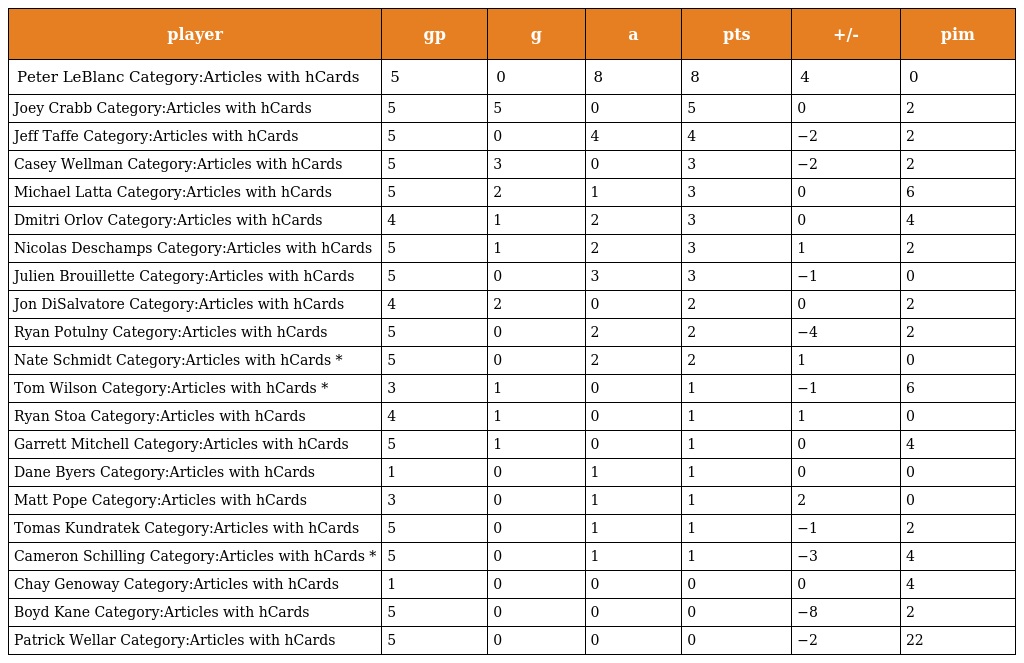
| player | gp | g | a | pts | +/- | pim |
 | --- | --- | --- | --- | --- | --- | --- |
 | Peter LeBlanc Category:Articles with hCards | 5 | 0 | 8 | 8 | 4 | 0 |
 | Joey Crabb Category:Articles with hCards | 5 | 5 | 0 | 5 | 0 | 2 |
 | Jeff Taffe Category:Articles with hCards | 5 | 0 | 4 | 4 | −2 | 2 |
 | Casey Wellman Category:Articles with hCards | 5 | 3 | 0 | 3 | −2 | 2 |
 | Michael Latta Category:Articles with hCards | 5 | 2 | 1 | 3 | 0 | 6 |
 | Dmitri Orlov Category:Articles with hCards | 4 | 1 | 2 | 3 | 0 | 4 |
 | Nicolas Deschamps Category:Articles with hCards | 5 | 1 | 2 | 3 | 1 | 2 |
 | Julien Brouillette Category:Articles with hCards | 5 | 0 | 3 | 3 | −1 | 0 |
 | Jon DiSalvatore Category:Articles with hCards | 4 | 2 | 0 | 2 | 0 | 2 |
 | Ryan Potulny Category:Articles with hCards | 5 | 0 | 2 | 2 | −4 | 2 |
 | Nate Schmidt Category:Articles with hCards * | 5 | 0 | 2 | 2 | 1 | 0 |
 | Tom Wilson Category:Articles with hCards * | 3 | 1 | 0 | 1 | −1 | 6 |
 | Ryan Stoa Category:Articles with hCards | 4 | 1 | 0 | 1 | 1 | 0 |
 | Garrett Mitchell Category:Articles with hCards | 5 | 1 | 0 | 1 | 0 | 4 |
 | Dane Byers Category:Articles with hCards | 1 | 0 | 1 | 1 | 0 | 0 |
 | Matt Pope Category:Articles with hCards | 3 | 0 | 1 | 1 | 2 | 0 |
 | Tomas Kundratek Category:Articles with hCards | 5 | 0 | 1 | 1 | −1 | 2 |
 | Cameron Schilling Category:Articles with hCards * | 5 | 0 | 1 | 1 | −3 | 4 |
 | Chay Genoway Category:Articles with hCards | 1 | 0 | 0 | 0 | 0 | 4 |
 | Boyd Kane Category:Articles with hCards | 5 | 0 | 0 | 0 | −8 | 2 |
 | Patrick Wellar Category:Articles with hCards | 5 | 0 | 0 | 0 | −2 | 22 |